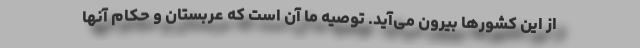
از این کشورها بیرون می‌آید. توصیه ما آن است که عربستان و حکام آنها